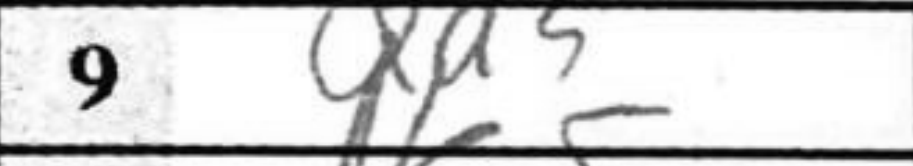
Transcription: Qd3